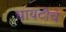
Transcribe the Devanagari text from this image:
धायटीचे